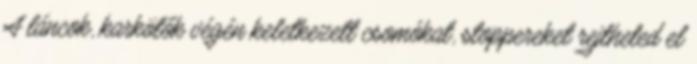
A láncok, karkötők végén keletkezett csomókat, stoppereket rejtheted el